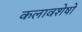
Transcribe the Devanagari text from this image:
कलावशेषों